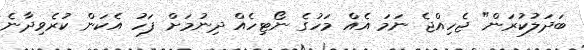
ބަދަލުކުރަން" ޖެހިއްޖެ ނަމަ އެއް މަހުގެ ނޯޓިހެއް ދިނުމަށް ފަހު އެކަން ކުރެވިދާނެ